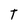
Character: T